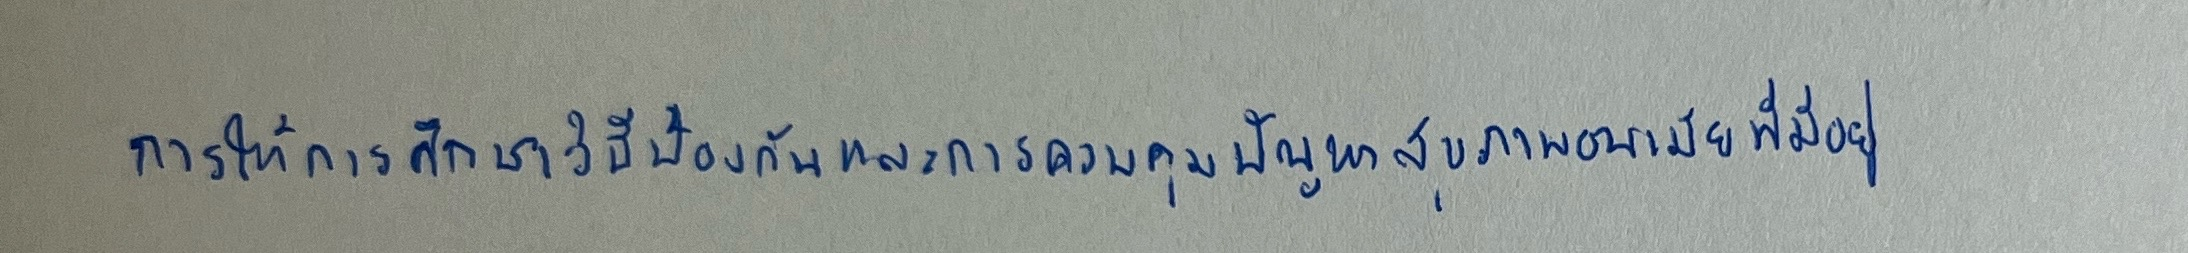
การให้การศึกษาวิธีป้องกันและการควบคุมปัญหาสุขภาพอนามัยที่มีอยู่